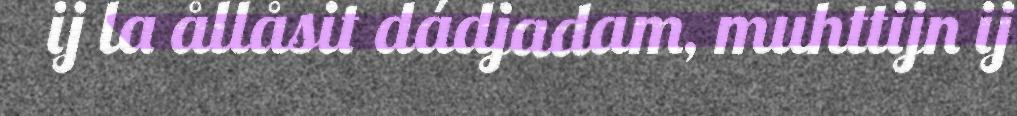
ij la ållåsit dádjadam, muhttijn ij